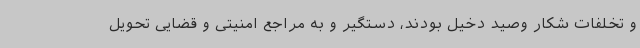
و تخلفات شکار وصید دخیل بودند، دستگیر و به مراجع امنیتی و قضایی تحویل